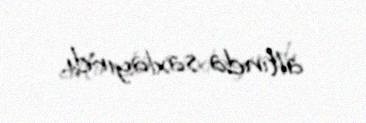
altında saxlayırdı.